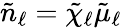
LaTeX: \tilde{n}_{\ell}=\tilde{\chi}_{\ell}\tilde{\mu}_{\ell}